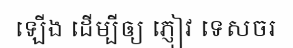
ឡើង ដើម្បីឲ្យ ភ្ញៀវ ទេសចរ